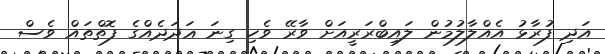
އަދި ފުރާޅު އެއްލާލުމުން ލައިބްރަރީއަށް ވާރޭ ވެހި ގިނަ ޢަދަދެއްގެ ފޮތްތައް ވެސް